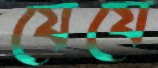
যেযে